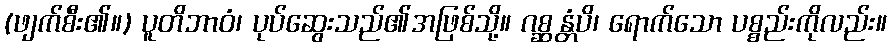
(ဖျက်စီး၏။) ပူတိဘာဝံ၊ ပုပ်ဆွေးသည်၏အဖြစ်သို့။ ဂစ္ဆန္တံပိ၊ ရောက်သော ပစ္စည်းကိုလည်း။